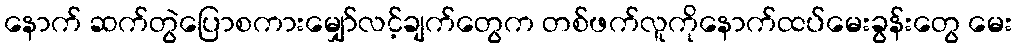
နောက် ဆက်တွဲပြောစကားမျှော်လင့်ချက်တွေက တစ်ဖက်လူကိုနောက်ထပ်မေးခွန်းတွေ မေး